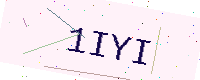
Text: 1IYI